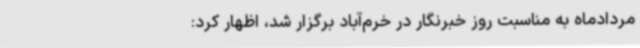
مردادماه به مناسبت روز خبرنگار در خرم‌آباد برگزار شد، اظهار کرد: